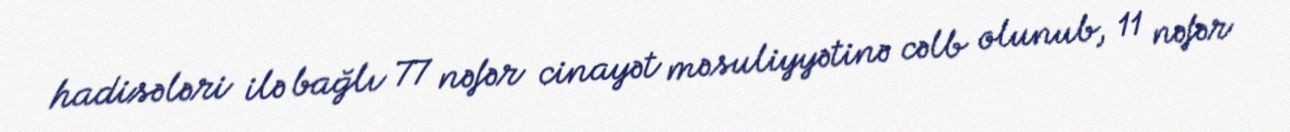
hadisələri ilə bağlı 77 nəfər cinayət məsuliyyətinə cəlb olunub, 11 nəfər